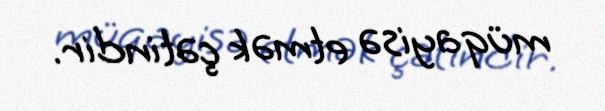
müqayisə etmək çətindir.